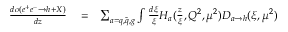
\begin{array} { r l r } { \frac { d \sigma ( e ^ { + } e ^ { - } \rightarrow h + X ) } { d z } } & { { } = } & { \sum _ { a = q , \bar { q } , g } \int \frac { d \xi } { \xi } H _ { a } ( \frac { z } { \xi } , Q ^ { 2 } , \mu ^ { 2 } ) D _ { a \rightarrow h } ( \xi , \mu ^ { 2 } ) } \end{array}